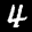
Label: 4